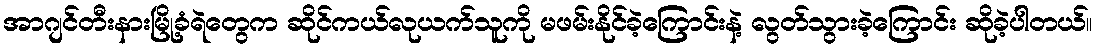
အာဂျင်တီးနားမြို့ခံရဲတွေက ဆိုင်ကယ်လုယက်သူကို မဖမ်းနိုင်ခဲ့ကြောင်းနဲ့ လွတ်သွားခဲ့ကြောင်း ဆိုခဲ့ပါတယ်။